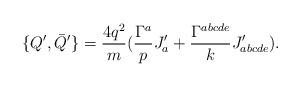
LaTeX: \begin{align*}\{ Q^{\prime}, \bar{Q}^{\prime} \} =\frac{4q^2}{m}(\frac{\Gamma^a}{p}J^{\prime}_a+ \frac{\Gamma^{abcde}}{k}J^{\prime}_{abcde}). \end{align*}